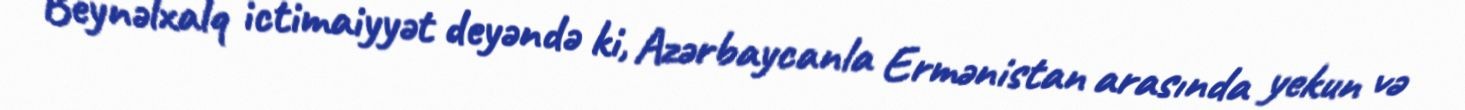
Beynəlxalq ictimaiyyət deyəndə ki, Azərbaycanla Ermənistan arasında yekun və